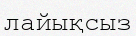
лайықсыз